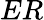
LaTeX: ER